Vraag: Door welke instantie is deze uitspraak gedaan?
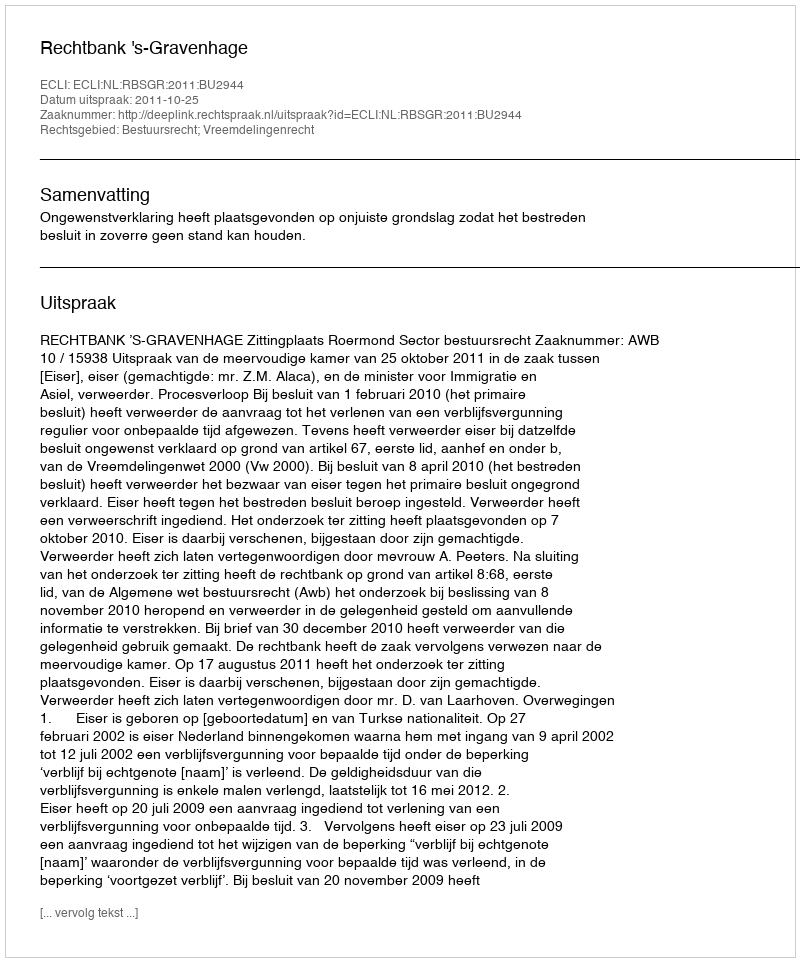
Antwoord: Rechtbank 's-Gravenhage